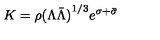
K = \rho { ( \Lambda \bar { \Lambda } ) } ^ { 1 / 3 } e ^ { \sigma + \bar { \sigma } }